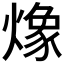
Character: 𭶆